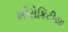
ખીરોકિટીયા